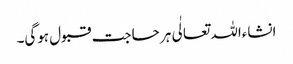
انشاءاللہ تعالٰی ہر حاجت قبول ہوگی۔